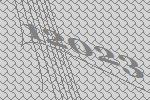
12023